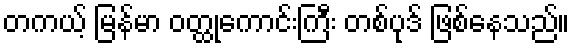
တကယ့် မြန်မာ ဝတ္ထုကောင်းကြီး တစ်ပုဒ် ဖြစ်နေသည်။